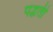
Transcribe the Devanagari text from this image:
पद्धतीं